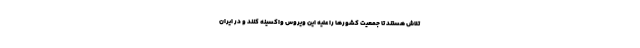
تلاش هستند تا جمعیت کشورها را علیه این ویروس واکسینه کنند و در ایران